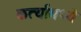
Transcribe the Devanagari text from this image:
कर्त्यामध्ये